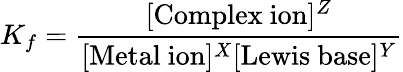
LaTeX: K_{f}={\frac{[{\mathrm{Complex~ion}}]^{Z}}{[{\mathrm{Metal~ion}}]^{X}[{\mathrm{Lewis~base}}]^{Y}}}